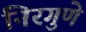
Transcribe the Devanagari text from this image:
निरगुणे